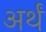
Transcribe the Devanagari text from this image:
अर्थं